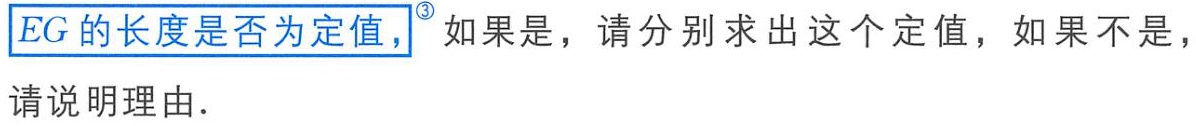
$EG$的长度是否为定值，如果是，请分别求出这个定值，如果不是，请说明理由.